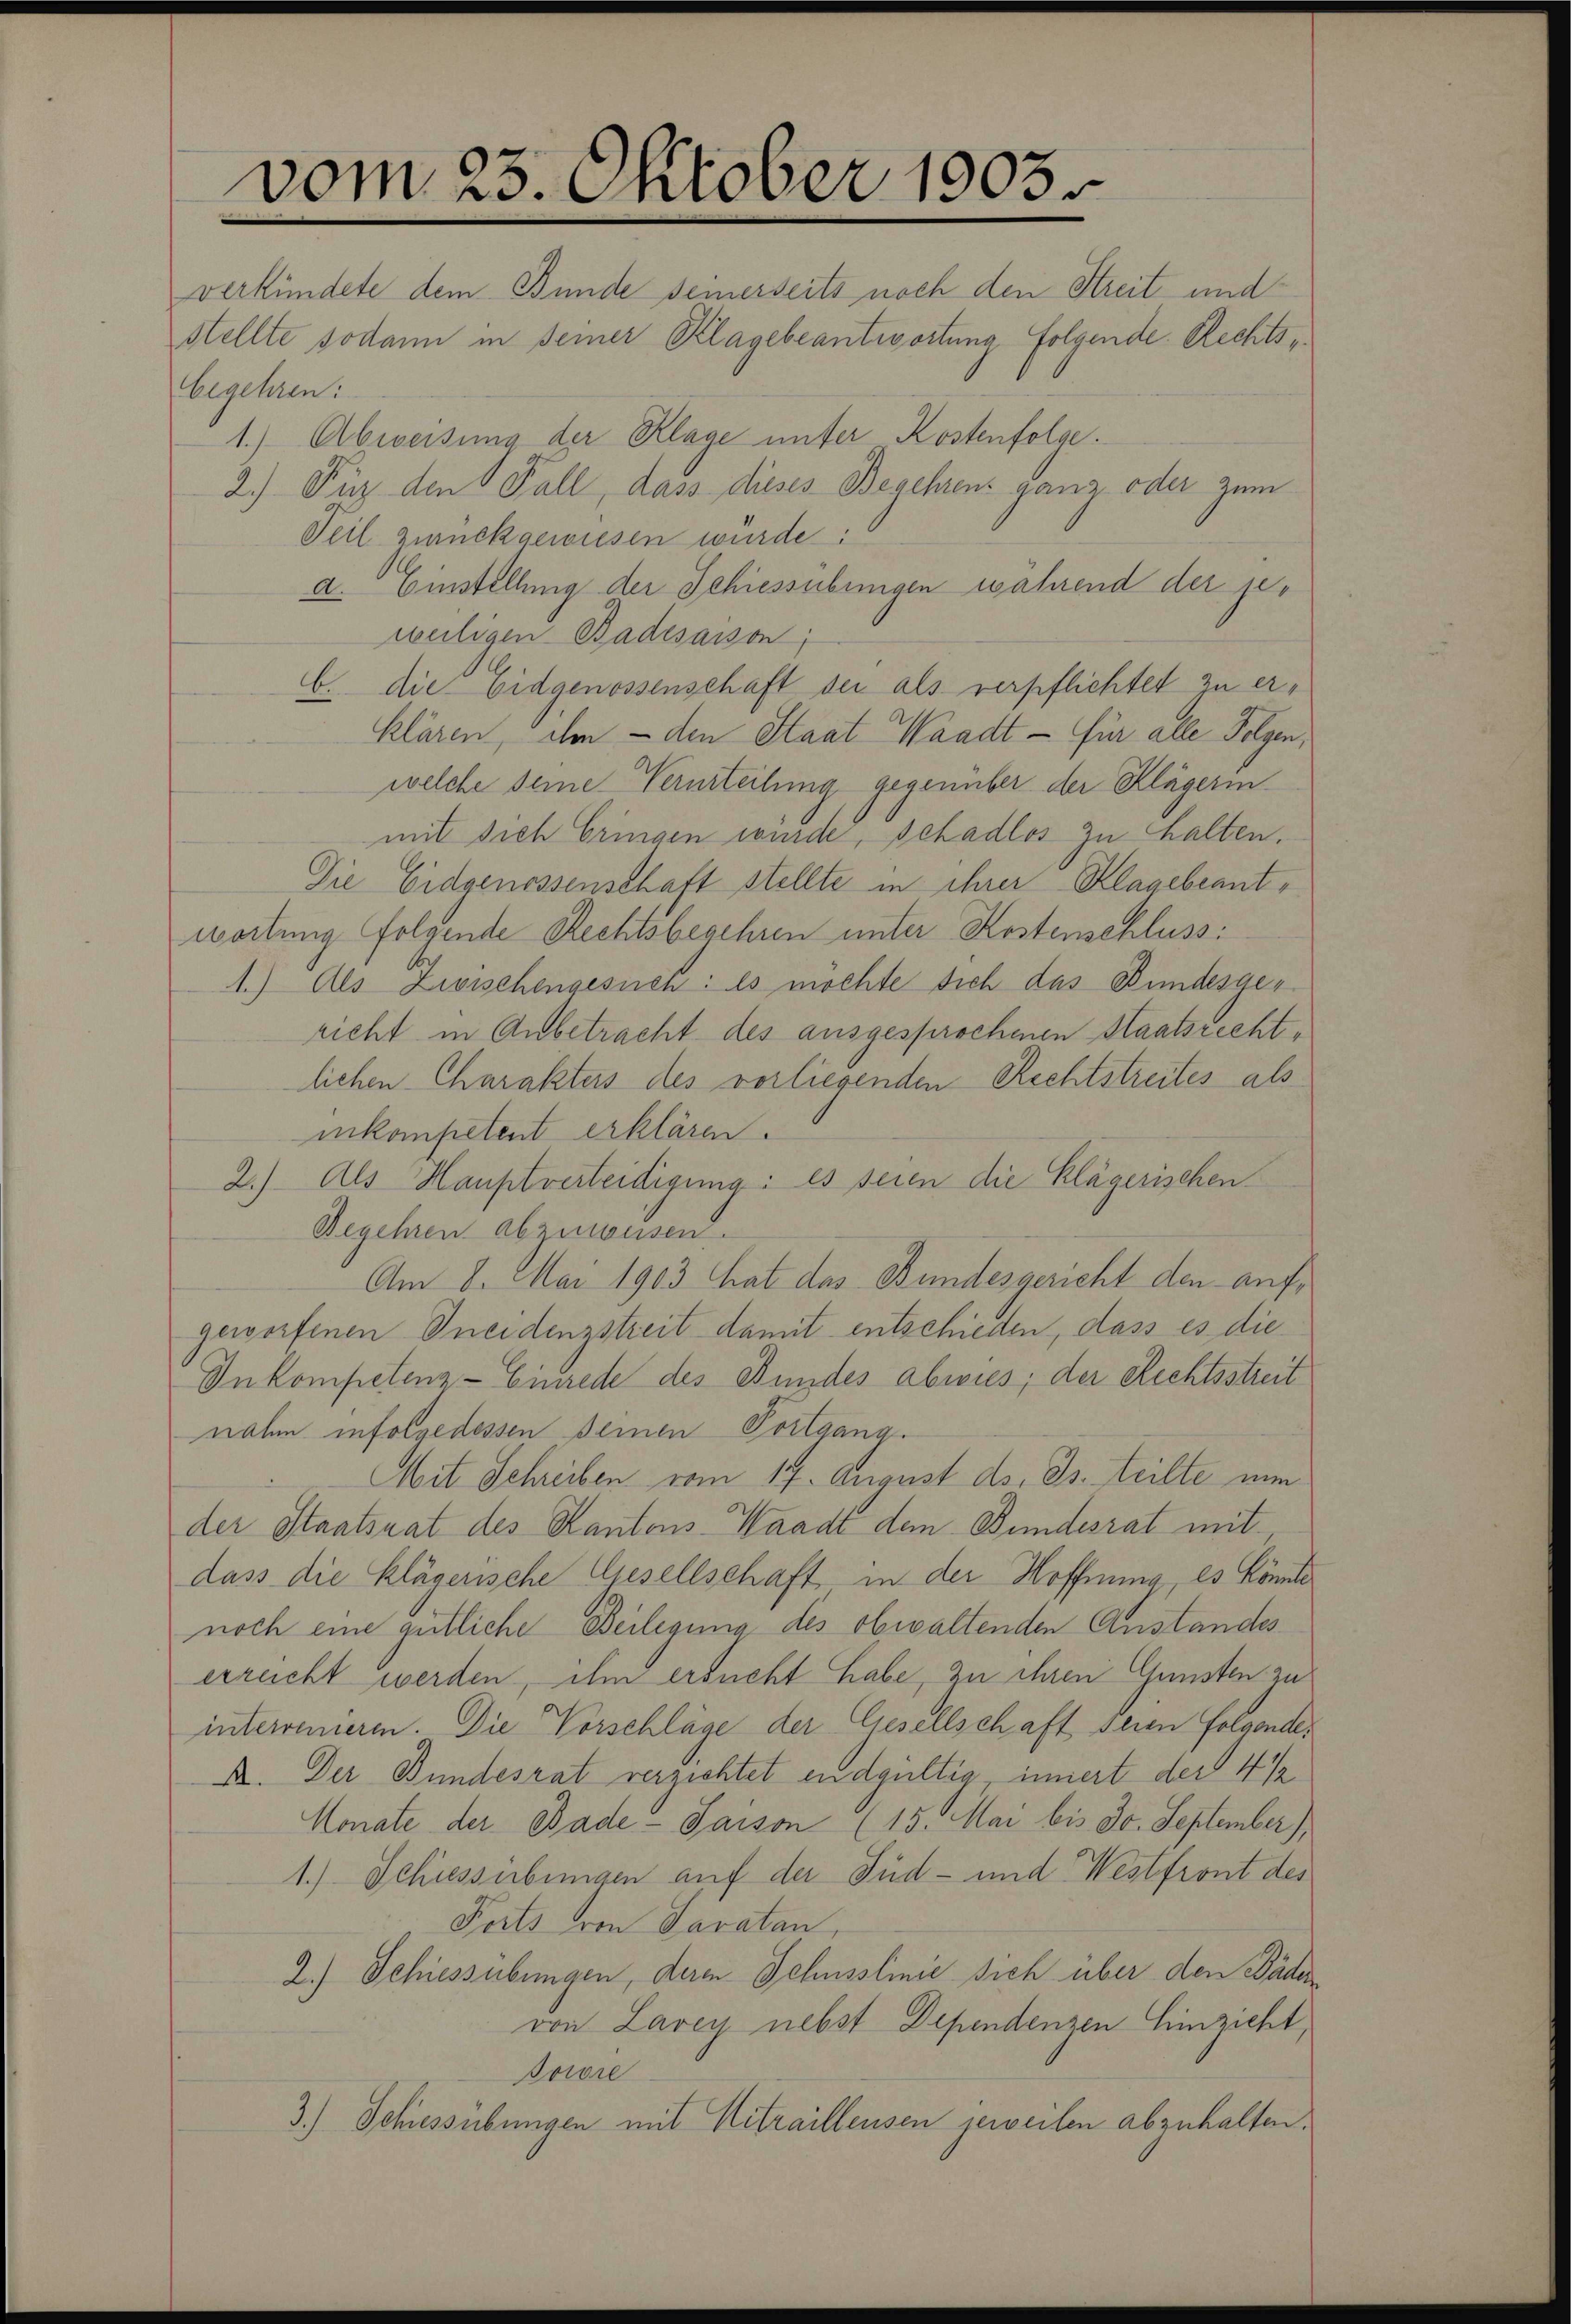
begehren:

vom 23. Oktober 1903

verkündete dem Bunde seinerseits noch den Streit und
stellte sodann in seiner Klagebeantwortung folgende Rechts¬
1.) Abweisung der Klage unter Kostenfolge.
2.) Für den Fall, dass dieses Begehrens ganz oder zum
Teil zurückgewiesen wurde:
a. Einstellung der Schiessübungen während der jeweiligen Badesaison
b. die Eidgenossenschaft sei als verpflichtet zu erklären, ihm - den Staat Waadt - für alle Folgen,
welche seine Verurteilung gegenüber der Klägerin
mit sich bringen wurde, schadlos zu halten.
Die Eidgenossenschaft stellte in ihrer Klagebeantwortung folgende Rechtsbeschren unter Kostenschluss:
1.) Als Zivischengesuch: es möchte sich das Bundesger
richt in Anbetracht des ausgesprochenen Staatsrechtlichen Charakteis des vorliegenden Rechtstreites als
inkompetent erklären.
2.) Als Hauptverteidigung: es seien die Klägerischen
Begehren abzuweisen.
Am 8. Mai 1903 hat das Bundesgericht den aufgeworfenen Kneidenzstreit damit entschieden, dass es die
In kompetenz-Einrede des Bundes abwies, der Rechtsstreit
nahm infolge dessen Deinen Fortgang
Mit Schreiben vom 17. August ds. Js. teilte nun
der Staatsrat des Kantons Waadt dem Bundesrat mit
dass die Klägerische Gesellschaft in der Hoffnung, es könnte
noch eine gütliche Beilegung des obwaltenden Anstandeserreicht werden, ihm ersucht habe, zu ihren Gunsten zu
interrenieren. Die Vorschläge der Gesellschaft seien Folgende,
A. Der Bundesrat verzichtet endgültig, innert der 4 1/2
Monate der Bade- Saison (15. Mai bis Jo. September),
1.) Schiessübungen auf der Jud- und Westfront des
Forts von Saratan,
2.) Schiessübungen, deren Schusslinie sich über den Bäder
von Larey nebst Dependenzen Einzicht,
Bowie
3.) Schiessübungen mit Mitraillensen jeweilen abzuhalten.